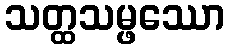
သတ္ထသမ္ဖဿော